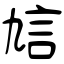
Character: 訄